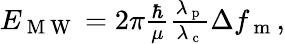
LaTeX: \begin{array}{r}{E_{\mathrm{~M~W~}}=2\pi\frac{\hbar}{\mu}\frac{\lambda_{\mathrm{~p~}}}{\lambda_{\mathrm{~c~}}}\Delta{f_{\mathrm{~m~}}},}\end{array}